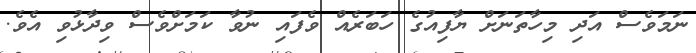
ނަމަވެސް އަދި މިހާތަނަށް ޔާފިއުގެ ހަބަރެއް ވެފައި ނުވާ ކަމަށްވެސް ވިދާޅުވި އެވެ.